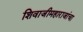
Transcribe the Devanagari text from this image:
शिवाजीमहाराजांचा